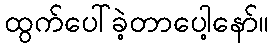
ထွက်ပေါ်ခဲ့တာပေါ့နော်။